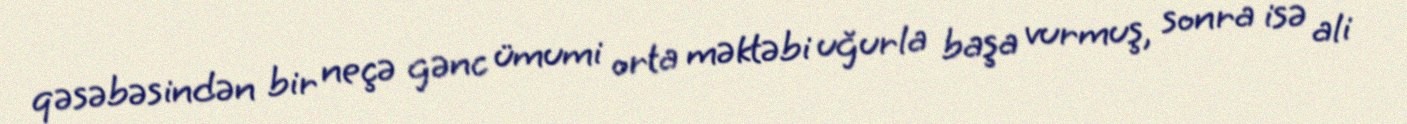
qəsəbəsindən bir neçə gənc ümumi orta məktəbi uğurla başa vurmuş, sonra isə ali